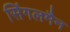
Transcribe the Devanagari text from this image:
सिंगलमैन